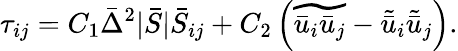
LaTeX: \tau_{ij}=C_{1}\bar{\Delta}^{2}|\bar{S}|\bar{S}_{ij}+C_{2}\left(\widetilde{\bar{u}_{i}\bar{u}_{j}}-\tilde{\bar{u}}_{i}\tilde{\bar{u}}_{j}\right).